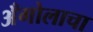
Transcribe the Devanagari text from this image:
अँगोलाचा